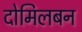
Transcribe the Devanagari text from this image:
दोमिलबन